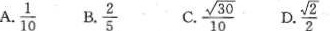
A. \frac{1} {10} B \frac{2} {5}C.\frac{ \sqrt{30}} {10} D.\frac{ \sqrt{2}} {2}